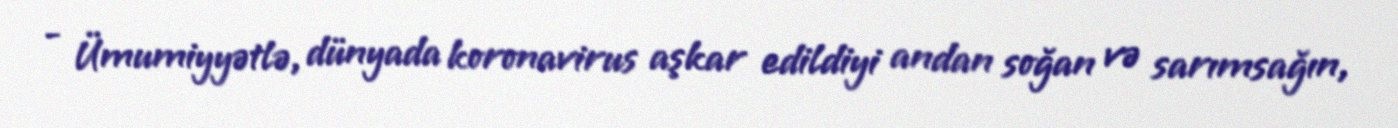
- Ümumiyyətlə, dünyada koronavirus aşkar edildiyi andan soğan və sarımsağın,